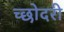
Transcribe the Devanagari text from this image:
च्छोदरी